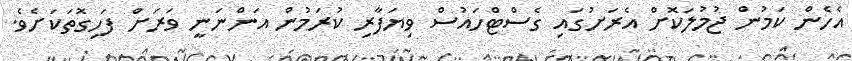
އެހެން ކަމުން ޖުމުލަކޮށް އެރަށުގައި ގެސްޓްހައުސް ވިޔަފާރި ކުރަމުން އަންނަނީ ވަރަށް ފަހިގޮތަކަށެވެ.